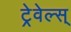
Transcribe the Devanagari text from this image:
ट्रेवेल्स्